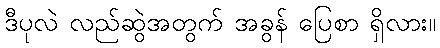
ဒီပုလဲ လည်ဆွဲအတွက် အခွန် ပြေစာ ရှိလား။